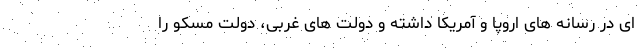
ای در رسانه های اروپا و آمریکا داشته و دولت های غربی، دولت مسکو را